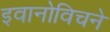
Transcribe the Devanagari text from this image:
इवानोविचने